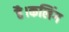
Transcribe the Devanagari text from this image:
है।कलिंग